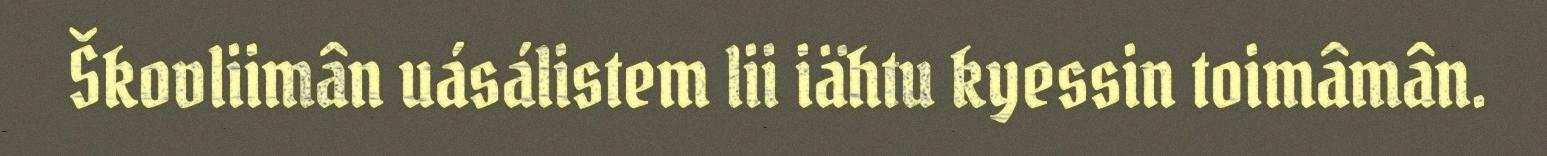
Škovliimân uásálistem lii iähtu kyessin toimâmân.